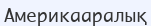
Америкааралық